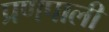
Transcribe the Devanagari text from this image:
प्रणपाली